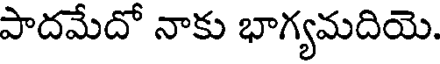
పాదమేదో నాకు భాగ్యమదియె.